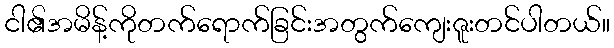
ငါ၏အမိန့်ကိုတက်ရောက်ခြင်းအတွက်ကျေးဇူးတင်ပါတယ်။